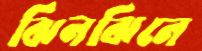
ঝিনঝিনে